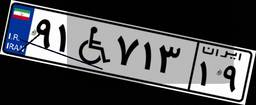
۵۸W۰۸۱۰۹